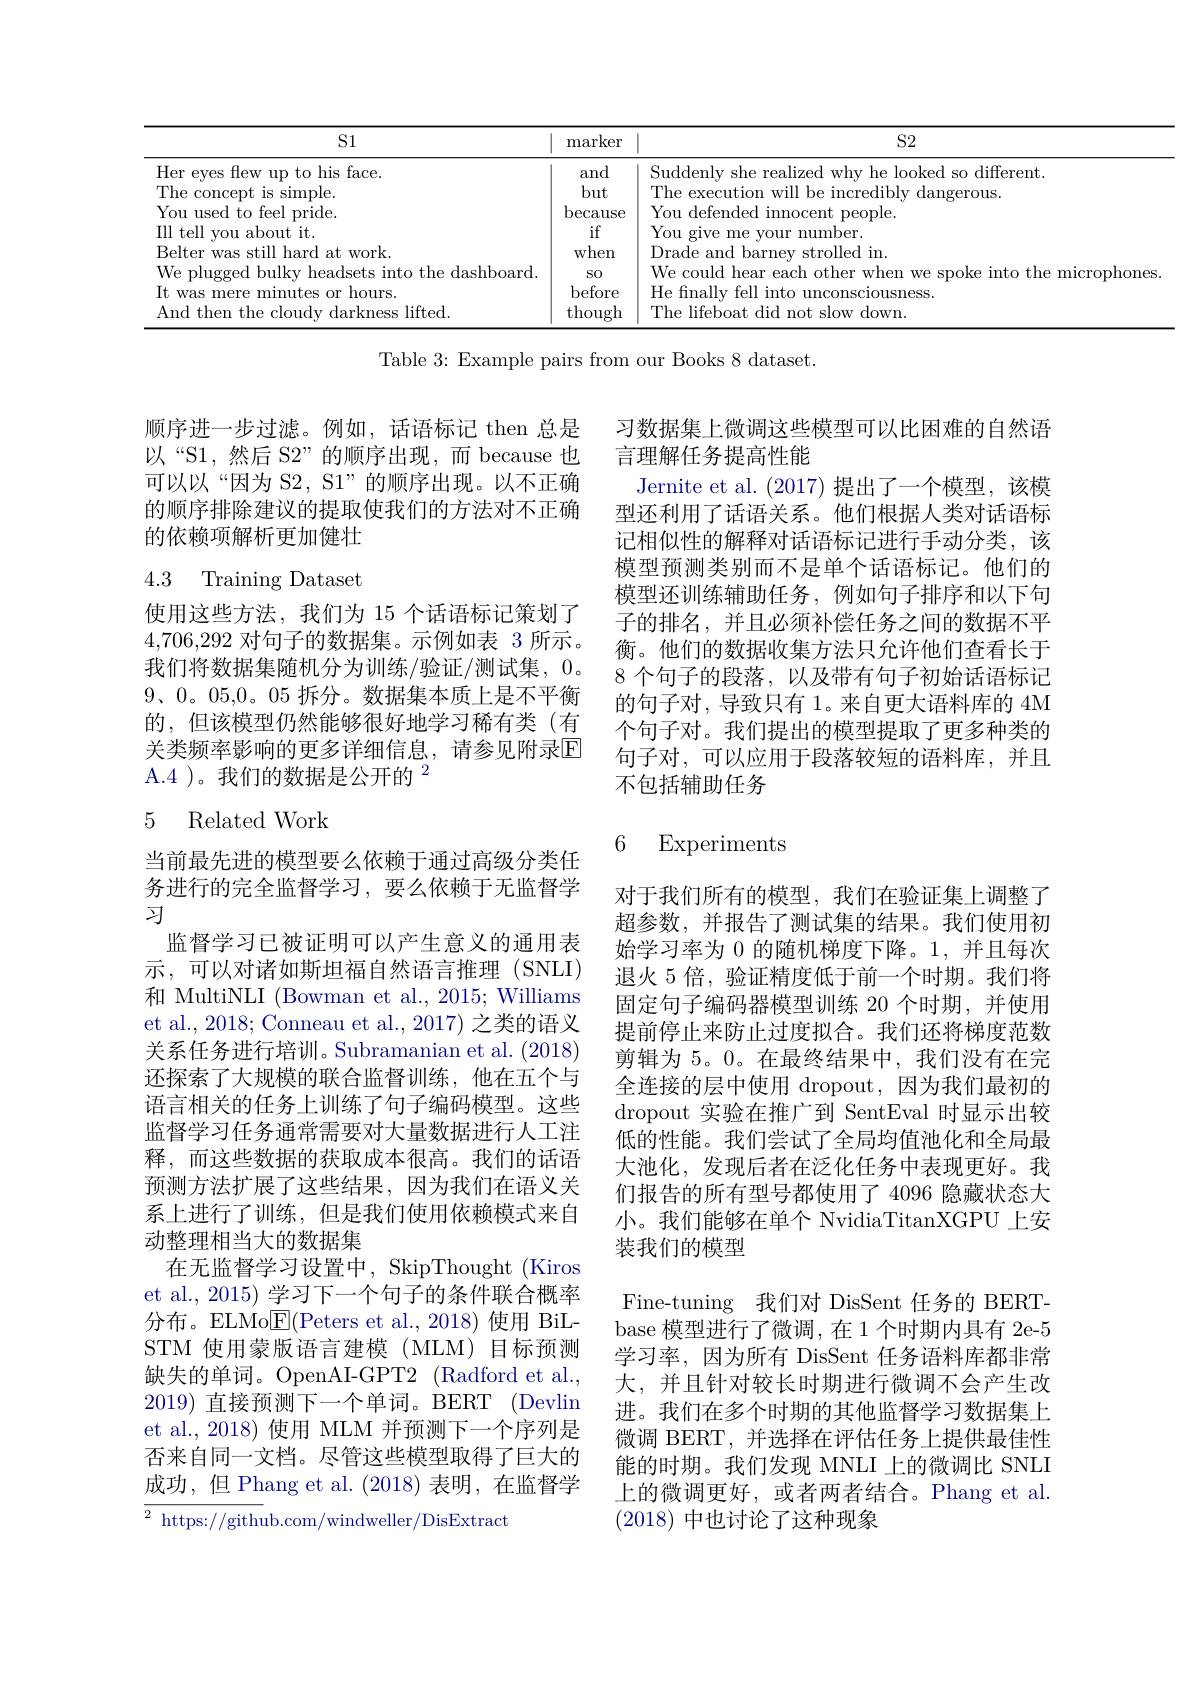
<table>
	<tbody>
		<tr>
			<th>S1</th>
			<th>marker</th>
			<th>$S2$</th>
		</tr>
		<tr>
			<td>pride</td>
			<td>because</td>
			<td>You defended t neonle</td>
		</tr>
		<tr>
			<td>$\because$it srnit hout</td>
			<td>if</td>
			<td>You give me jer</td>
		</tr>
		<tr>
			<td>$R_{\mathrm{P}}|t$ work $at$</td>
			<td>when</td>
			<td>Drade and ${\mathrm{~barnew}}$ strolled in</td>
		</tr>
		<tr>
			<td>dashhoard</td>
			<td>SO</td>
			<td>$W_{\mathrm{P}}$ romlln nther microphones</td>
		</tr>
	</tbody>
</table>

Table 3: Example pairs from our Books 8 dataset.

顺序进一步过滤。例如，话语标记 then 总是以“S1,然后 S2”的顺序出现，而 because 也可以以“因为 S2, S1”的顺序出现。以不正确的顺序排除建议的提取使我们的方法对不正确的依赖项解析更加健壮

# 4.3 Training Dataset

习数据集上微调这些模型可以比困难的自然语
言理解任务提高性能
Jernite et al. (2017) 提出了一个模型，该模型还利用了话语关系。他们根据人类对话语标记相似性的解释对话语标记进行手动分类，该模型预测类别而不是单个话语标记。他们的模型还训练辅助任务，例如句子排序和以下句子的排名，并且必须补偿任务之间的数据不平衡。他们的数据收集方法只允许他们查看长于8 个句子的段落，以及带有句子初始话语标记的句子对，导致只有 1。来自更大语料库的 4M 个句子对。我们提出的模型提取了更多种类的句子对，可以应用于段落较短的语料库，并且不包括辅助任务

使用这些方法，我们为 15 个话语标记策划了4,706,292对句子的数据集。示例如表 3 所示。我们将数据集随机分为训练/验证/测试集，0。9、0。05,0。05 拆分。数据集本质上是不平衡的，但该模型仍然能够很好地学习稀有类(有关类频率影响的更多详细信息，请参见附录$\mathbb{E}$ A.4 )。我们的数据是公开的$^{2}$

### 5 Related Work

6 Experiments

当前最先进的模型要么依赖于通过高级分类任务进行的完全监督学习，要么依赖于无监督学习
监督学习已被证明可以产生意义的通用表示，可以对诸如斯坦福自然语言推理(SNLI) 和 MultiNLI (Bowman et al., 2015; Williams et al., 2018; Conneau et al., 2017) 之类的语义关系任务进行培训。Subramanian et al. (2018) 还探索了大规模的联合监督训练，他在五个与语言相关的任务上训练了句子编码模型。这些监督学习任务通常需要对大量数据进行人工注释，而这些数据的获取成本很高。我们的话语预测方法扩展了这些结果，因为我们在语义关系上进行了训练，但是我们使用依赖模式来自动整理相当大的数据集
在无监督学习设置中，SkipThought (Kiros et al., 2015) 学习下一个句子的条件联合概率分布。ELMo$\underline{\mathrm{E}}($Peters et al.,2018)使用 BiLSTM 使用蒙版语言建模 (MLM) 目标预测缺失的单词。OpenAI-GPT2 (Radford et al., 2019)直接预测下一个单词。BERT (Devlin et al., 2018) 使用 MLM 并预测下一个序列是否来自同一文档。尽管这些模型取得了巨大的成功，但 Phang et al. (2018) 表明，在监督学$\overline{{^2\text{ https://githu}}}$b.com/windweller/DisExtract

对于我们所有的模型，我们在验证集上调整了超参数，并报告了测试集的结果。我们使用初始学习率为 0 的随机梯度下降。1,并且每次退火 5 倍，验证精度低于前一个时期。我们将固定句子编码器模型训练 20 个时期，并使用提前停止来防止过度拟合。我们还将梯度范数剪辑为 5。0。在最终结果中，我们没有在完全连接的层中使用 dropout, 因为我们最初的dropout 实验在推广到 SentEval 时显示出较低的性能。我们尝试了全局均值池化和全局最大池化，发现后者在泛化任务中表现更好。我们报告的所有型号都使用了 4096 隐藏状态大小。我们能够在单个 NvidiaTitanXGPU 上安装我们的模型
Fine-tuning 我们对 DisSent 任务的 BERTbase 模型进行了微调，在1个时期内具有 2e-5学习率，因为所有 DisSent 任务语料库都非常大，并且针对较长时期进行微调不会产生改进。我们在多个时期的其他监督学习数据集上微调 BERT,并选择在评估任务上提供最佳性能的时期。我们发现 MNLI 上的微调比 SNLI 上的微调更好，或者两者结合。Phang et al. (2018)中也讨论了这种现象